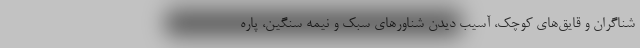
شناگران و قایق‌های کوچک، آسیب دیدن شناورهای سبک و نیمه سنگین، پاره